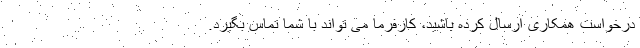
درخواست همکاری ارسال کرده باشید، کارفرما می تواند با شما تماس بگیرد.